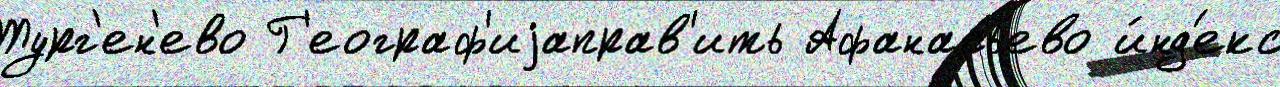
Тург'ен'ево Г'еограф'иjаправ'ить Афанасьево и́нд'екс